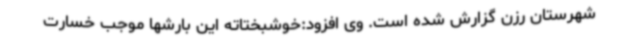
شهرستان رزن گزارش شده است. وی افزود:خوشبختاته این بارشها موجب خسارت